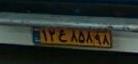
۱۲ع۸۵۸۹۸